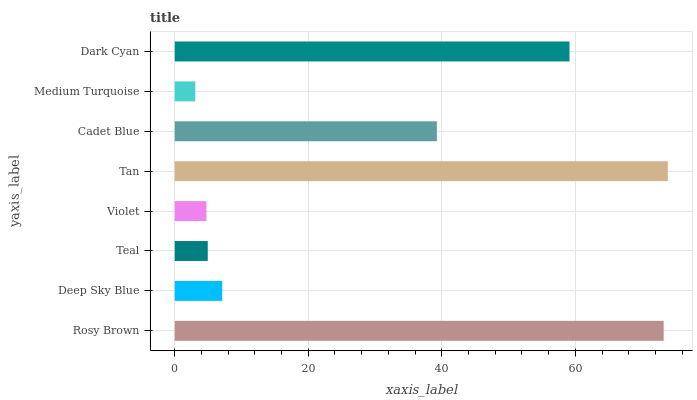
| yaxis_label | bars |
 | --- | --- |
 | Rosy Brown | 73.2 |
 | Deep Sky Blue | 7.12 |
 | Teal | 4.95 |
 | Violet | 4.75 |
 | Tan | 73.9 |
 | Cadet Blue | 39.3 |
 | Medium Turquoise | 3.08 |
 | Dark Cyan | 59.1 |